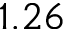
1 . 2 6